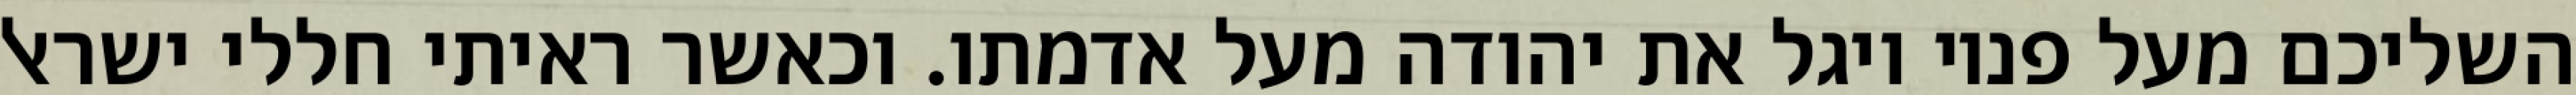
השליכם מעל פניו ויגל את יהודה מעל אדמתו. וכאשר ראיתי חללי ישראל